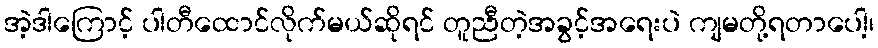
အဲ့ဒါကြောင့် ပါတီထောင်လိုက်မယ်ဆိုရင် တူညီတဲ့အခွင့်အရေးပဲ ကျမတို့ရတာပေါ့၊